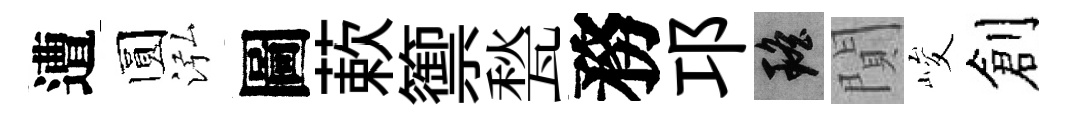
遭圆泓圖蔌籞甃務邛瑶閴峻創